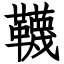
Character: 韈